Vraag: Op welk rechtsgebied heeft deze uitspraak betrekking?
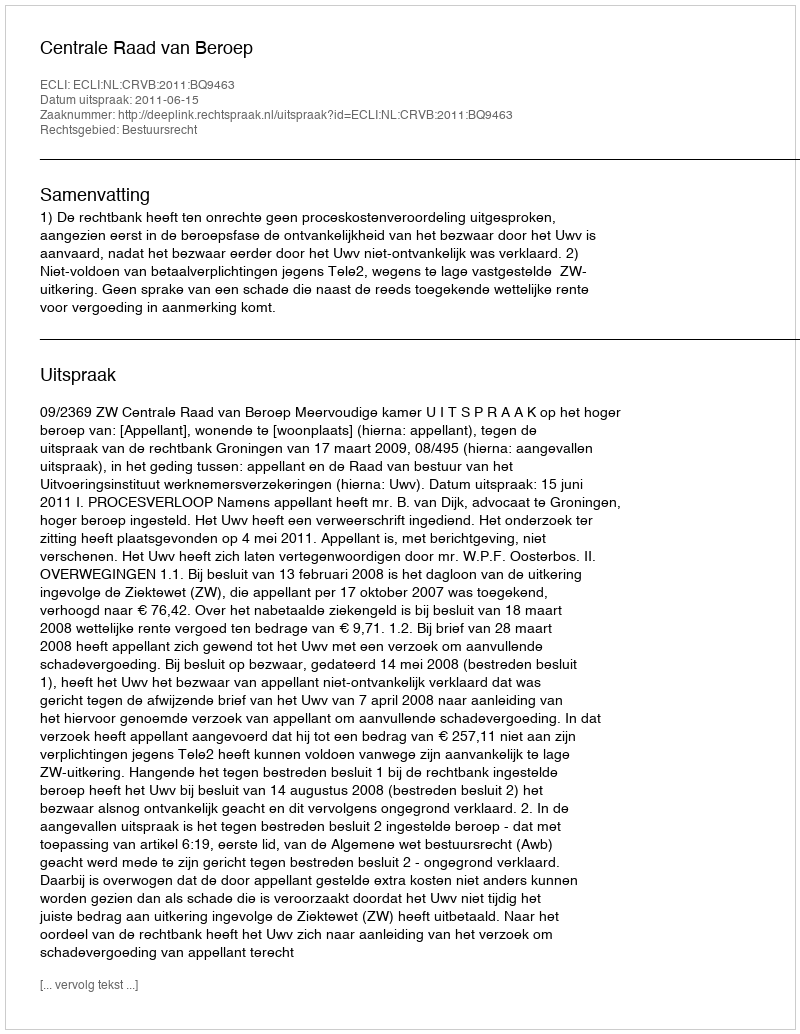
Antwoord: Bestuursrecht